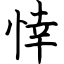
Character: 悻